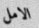
الامل